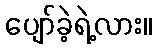
ပျော်ခဲ့ရဲ့လား။